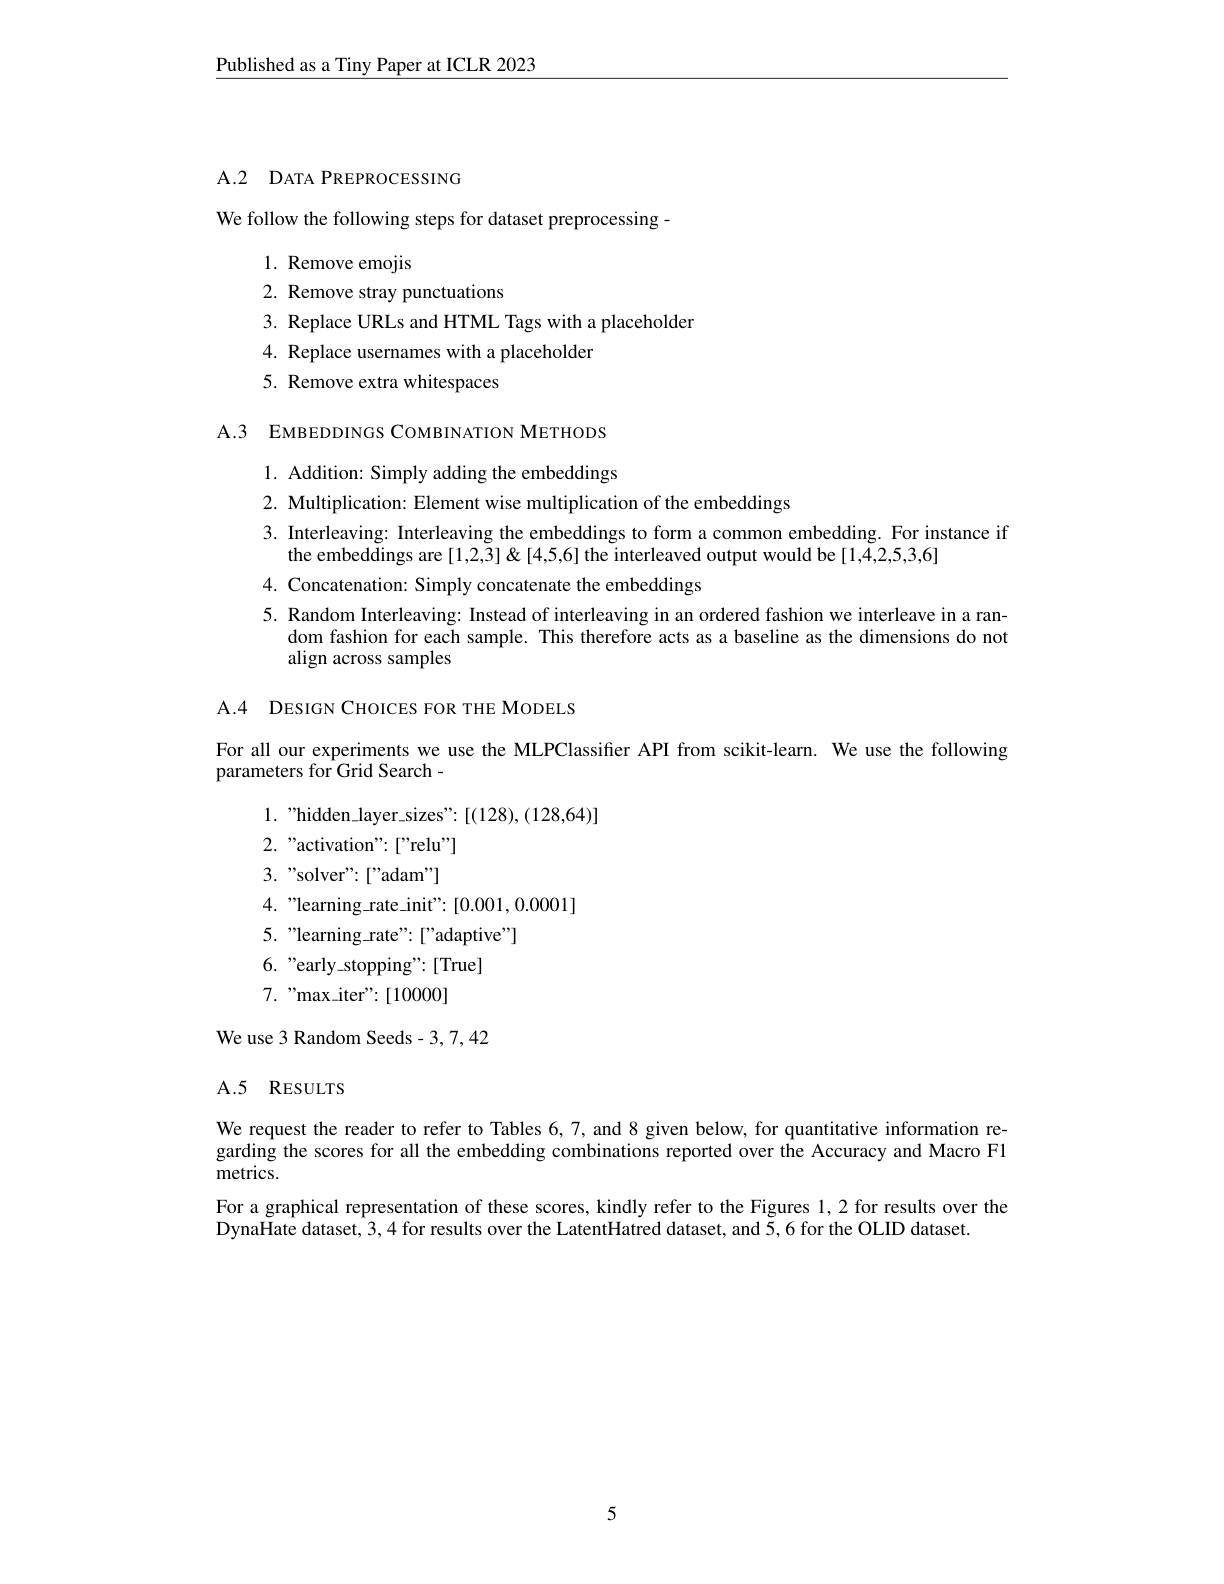
$\underline{\text{Published as a Tiny Paper at ICLR 2023}}$

## A.2 DATA PREPROCESSING

We follow the following steps for dataset preprocessing-
1. Remove emojis
2. Remove stray punctuations
3. Replace URLs and HTML Tags with a placeholder
4. Replace usernames with a placeholder
5. Remove extra whitespaces

A.3 EMBEDDINGS COMBINATION METHODS
1. Addition: Simply adding the embeddings
2. Multiplication: Element wise multiplication of the embeddings
3. Interleaving: Interleaving the embeddings to form a common embedding. For instance if
the embeddings are [1,2,3]&[4,5,6] the interleaved output would be [1,4,2,5,3,6]
4. Concatenation: Simply concatenate the embeddings
5. Random Interleaving: Instead of interleaving in an ordered fashion we interleave in a ran-
dom fashion for each sample. This therefore acts as a baseline as the dimensions do not
align across samples

A.4 DESIGN CHOICES FOR THE MODELS

For all our experiments we use the MLPClassifier API from scikit-learn. We use the following
parameters for Grid Search -
1. "hidden\_layer\_sizes":[(128),(128,64)]
2. "activation":["relu"] 3.”solver":["adam"] 4."learning\_rate\_init":[0.001,0.0001]
5. "learning\_rate": ["adaptive"]
6."early\_stopping":[True]
$7. ”$max$\_$iter" : [ 10000]
We use 3 Random Seeds- 3, 7, 42

## A.5 RESULTS

We request the reader to refer to Tables 6,7, and 8 given below, for quantitative information regarding the scores for all the embedding combinations reported over the Accuracy and Macro F1 metrics.
For a graphical representation of these scores, kindly refer to the Figures 1, 2 for results over the
DynaHate dataset, 3,4 for results over the LatentHatred dataset, and 5, 6 for the OLID dataset.

5